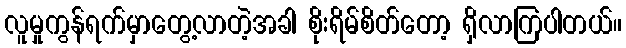
လူမှုကွန်ရက်မှာတွေ့လာတဲ့အခါ စိုးရိမ်စိတ်တော့ ရှိလာကြပါတယ်။